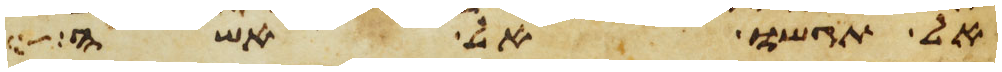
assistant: אל תגשו אל אשה